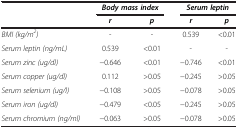
<table><thead><tr><td><b> </b></td><td colspan="2"><b><i>Body mass index</i></b></td><td colspan="2"><b><i>Serum leptin</i></b></td></tr><tr><td><b> </b></td><td><b><i>r</i></b></td><td><b><i>p</i></b></td><td><b><i>r</i></b></td><td><b><i>p</i></b></td></tr></thead><tbody><tr><td><i>BMI (kg/m</i><sup><i>2</i></sup><i>)</i></td><td>-</td><td>-</td><td>0.539</td><td>&lt;0.01</td></tr><tr><td><i>Serum leptin (ng/mL)</i></td><td>0.539</td><td>&lt;0.01</td><td>-</td><td>-</td></tr><tr><td><i>Serum zinc (ug/dl)</i></td><td>−0.646</td><td>&lt;0.01</td><td>−0.746</td><td>&lt;0.01</td></tr><tr><td><i>Serum copper (ug/dl)</i></td><td>0.112</td><td>&gt;0.05</td><td>−0.245</td><td>&gt;0.05</td></tr><tr><td><i>Serum selenium (ug/l)</i></td><td>−0.108</td><td>&gt;0.05</td><td>−0.078</td><td>&gt;0.05</td></tr><tr><td><i>Serum iron (ug/dl)</i></td><td>−0.479</td><td>&lt;0.05</td><td>−0.245</td><td>&gt;0.05</td></tr><tr><td><i>Serum chromium (ng/ml)</i></td><td>−0.063</td><td>&gt;0.05</td><td>−0.078</td><td>&gt;0.05</td></tr></tbody></table>